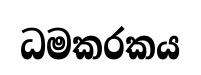
ධමකරකය